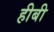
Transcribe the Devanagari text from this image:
हीबी